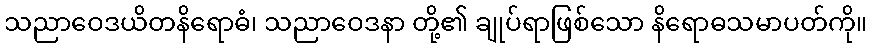
သညာဝေဒယိတနိရောဓံ၊ သညာဝေဒနာ တို့၏ ချုပ်ရာဖြစ်သော နိရောဓသမာပတ်ကို။